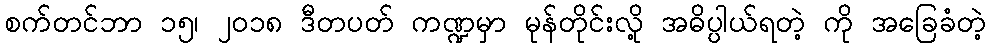
စက်တင်ဘာ ၁၅၊ ၂၀၁၈ ဒီတပတ် ကဏ္ဍမှာ မုန်တိုင်းလို့ အဓိပ္ပါယ်ရတဲ့ ကို အခြေခံတဲ့